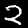
Digit: 2